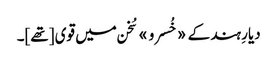
دیارِ ہند کے «خُسرو» سُخن میں قوی [تھے]۔